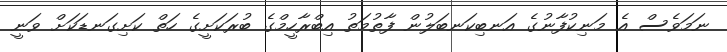
ނަމަވެސް އެ މަނިކުފާނުގެ އަނބިކަނބަލުން ފާތުމަތު އިބްރާހީމްގެ ބުރަކަށީގެ ހަތް ކަށިގަނޑަކަށް ވަނީ